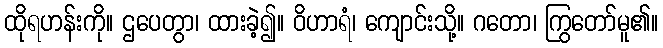
ထိုရဟန်းကို။ ဌပေတွာ၊ ထားခဲ့၍။ ဝိဟာရံ၊ ကျောင်းသို့။ ဂတော၊ ကြွတော်မူ၏။